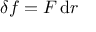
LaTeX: \delta f = F \, { \mathrm { d } } r